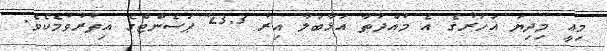
މިއީ މިދިޔަ އަހަރުގެ އެ މުއްދަތާ އަޅާބަލާ އިރު 23.3 ޕަސެންޓްގެ އިތުރުވުމެކެވެ.